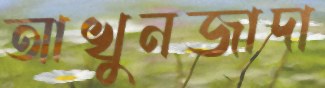
আখুনজাদা